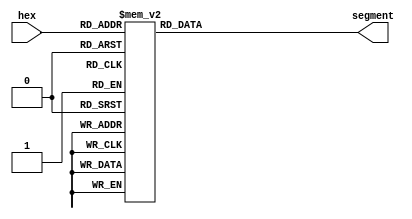
`timescale 1ns / 1ps
//////////////////////////////////////////////////////////////////////////////////
// Company: 
// Engineer: 
// 
// Design Name: 
// Module Name:    SegmentDecoder 
// Project Name: 
// Target Devices: 
// Tool versions: 
// Description: 
//
// Dependencies: 
//
// Revision: 
// Revision 0.01 - File Created
// Additional Comments: 
//
//////////////////////////////////////////////////////////////////////////////////
module SegmentDecoder(
	input [3:0] hex, output reg [6:0] segment
);

	always @*
	begin
		case(hex)
			4'h0: segment[6:0] <= 7'b1000000;
			4'h1: segment[6:0] <= 7'b1111001;
			4'h2: segment[6:0] <= 7'b0100100;
			4'h3: segment[6:0] <= 7'b0110000;
			4'h4: segment[6:0] <= 7'b0011001;
			4'h5: segment[6:0] <= 7'b0010010;
			4'h6: segment[6:0] <= 7'b0000010;
			4'h7: segment[6:0] <= 7'b1111000;
			4'h8: segment[6:0] <= 7'b0000000;
			4'h9: segment[6:0] <= 7'b0010000;
			4'hA: segment[6:0] <= 7'b0001000;
			4'hB: segment[6:0] <= 7'b0000011;
			4'hC: segment[6:0] <= 7'b1000110;
			4'hD: segment[6:0] <= 7'b0100001;
			4'hE: segment[6:0] <= 7'b0000110;
			4'hF: segment[6:0] <= 7'b0001110;
		endcase
	end

endmodule